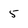
Character: 5